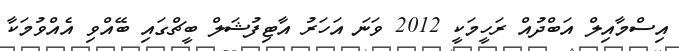
އިސްމާއިލް އަބްދުއް ރަހީމަކީ 2012 ވަނަ އަހަރު އާޓިފުޝަލް ބީޗްގައި ބޭއްވި އެއްވުމަކާ